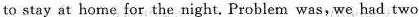
to stay at home for the night.Problem was,we had two